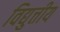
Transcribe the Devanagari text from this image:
विद्युत्तीय